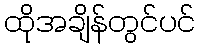
ထိုအချိန်တွင်ပင်